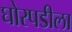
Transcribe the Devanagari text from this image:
घोरपडीला